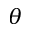
\theta